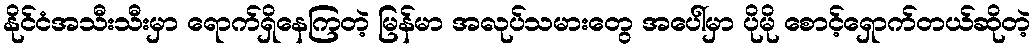
နိုင်ငံအသီးသီးမှာ ရောက်ရှိနေကြတဲ့ မြန်မာ အလုပ်သမားတွေ အပေါ်မှာ ပိုမို စောင့်ရှောက်တယ်ဆိုတဲ့